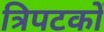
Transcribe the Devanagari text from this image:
त्रिपटकों